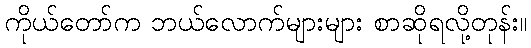
ကိုယ်တော်က ဘယ်လောက်များများ စာဆိုရလို့တုန်း။